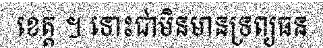
ខេត្ត ។ ទោះជាមិនមានទ្រព្យធន